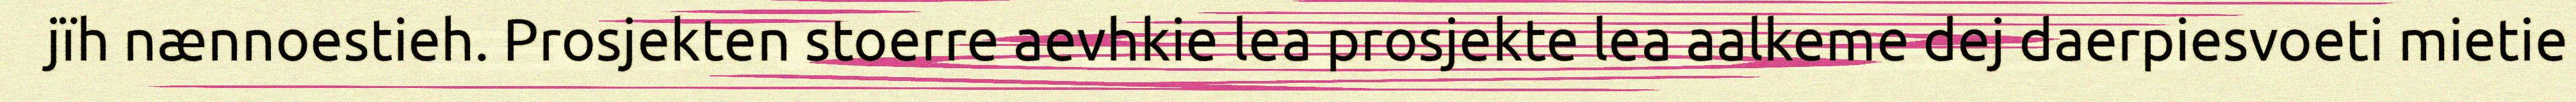
jïh nænnoestieh. Prosjekten stoerre aevhkie lea prosjekte lea aalkeme dej daerpiesvoeti mietie